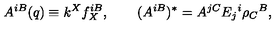
A ^ { i B } ( q ) \equiv k ^ { X } f _ { X } ^ { i B } , \qquad ( A ^ { i B } ) ^ { * } = A ^ { j C } E _ { j } { } ^ { i } \rho _ { C } { } ^ { B } ,